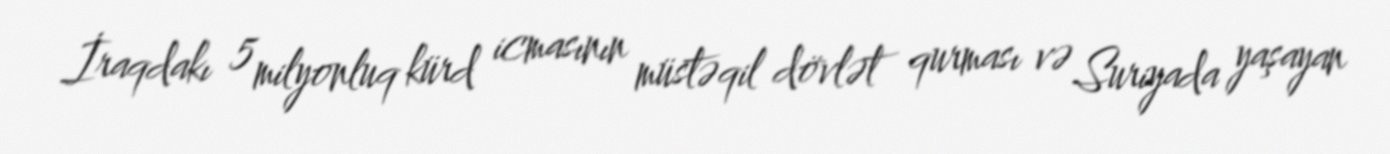
İraqdakı 5 milyonluq kürd icmasının müstəqil dövlət qurması və Suriyada yaşayan